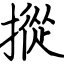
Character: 摐